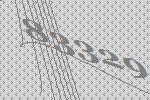
83329